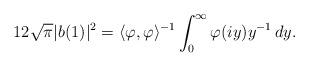
LaTeX: \begin{align*}12\sqrt\pi |b(1)|^2 =\langle \varphi,\varphi \rangle^{-1} \int_0^\infty \varphi(iy) y^{-1} \, dy.\end{align*}